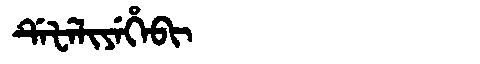
Manchu: ᡩᡝᡶᡝᠯᡳᠶᡝᡥᡝᠪᡳ
Romanization: DEFELIYEHEBI